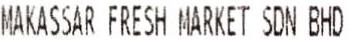
MAKASSAR FRESH MARKET SDN BHD